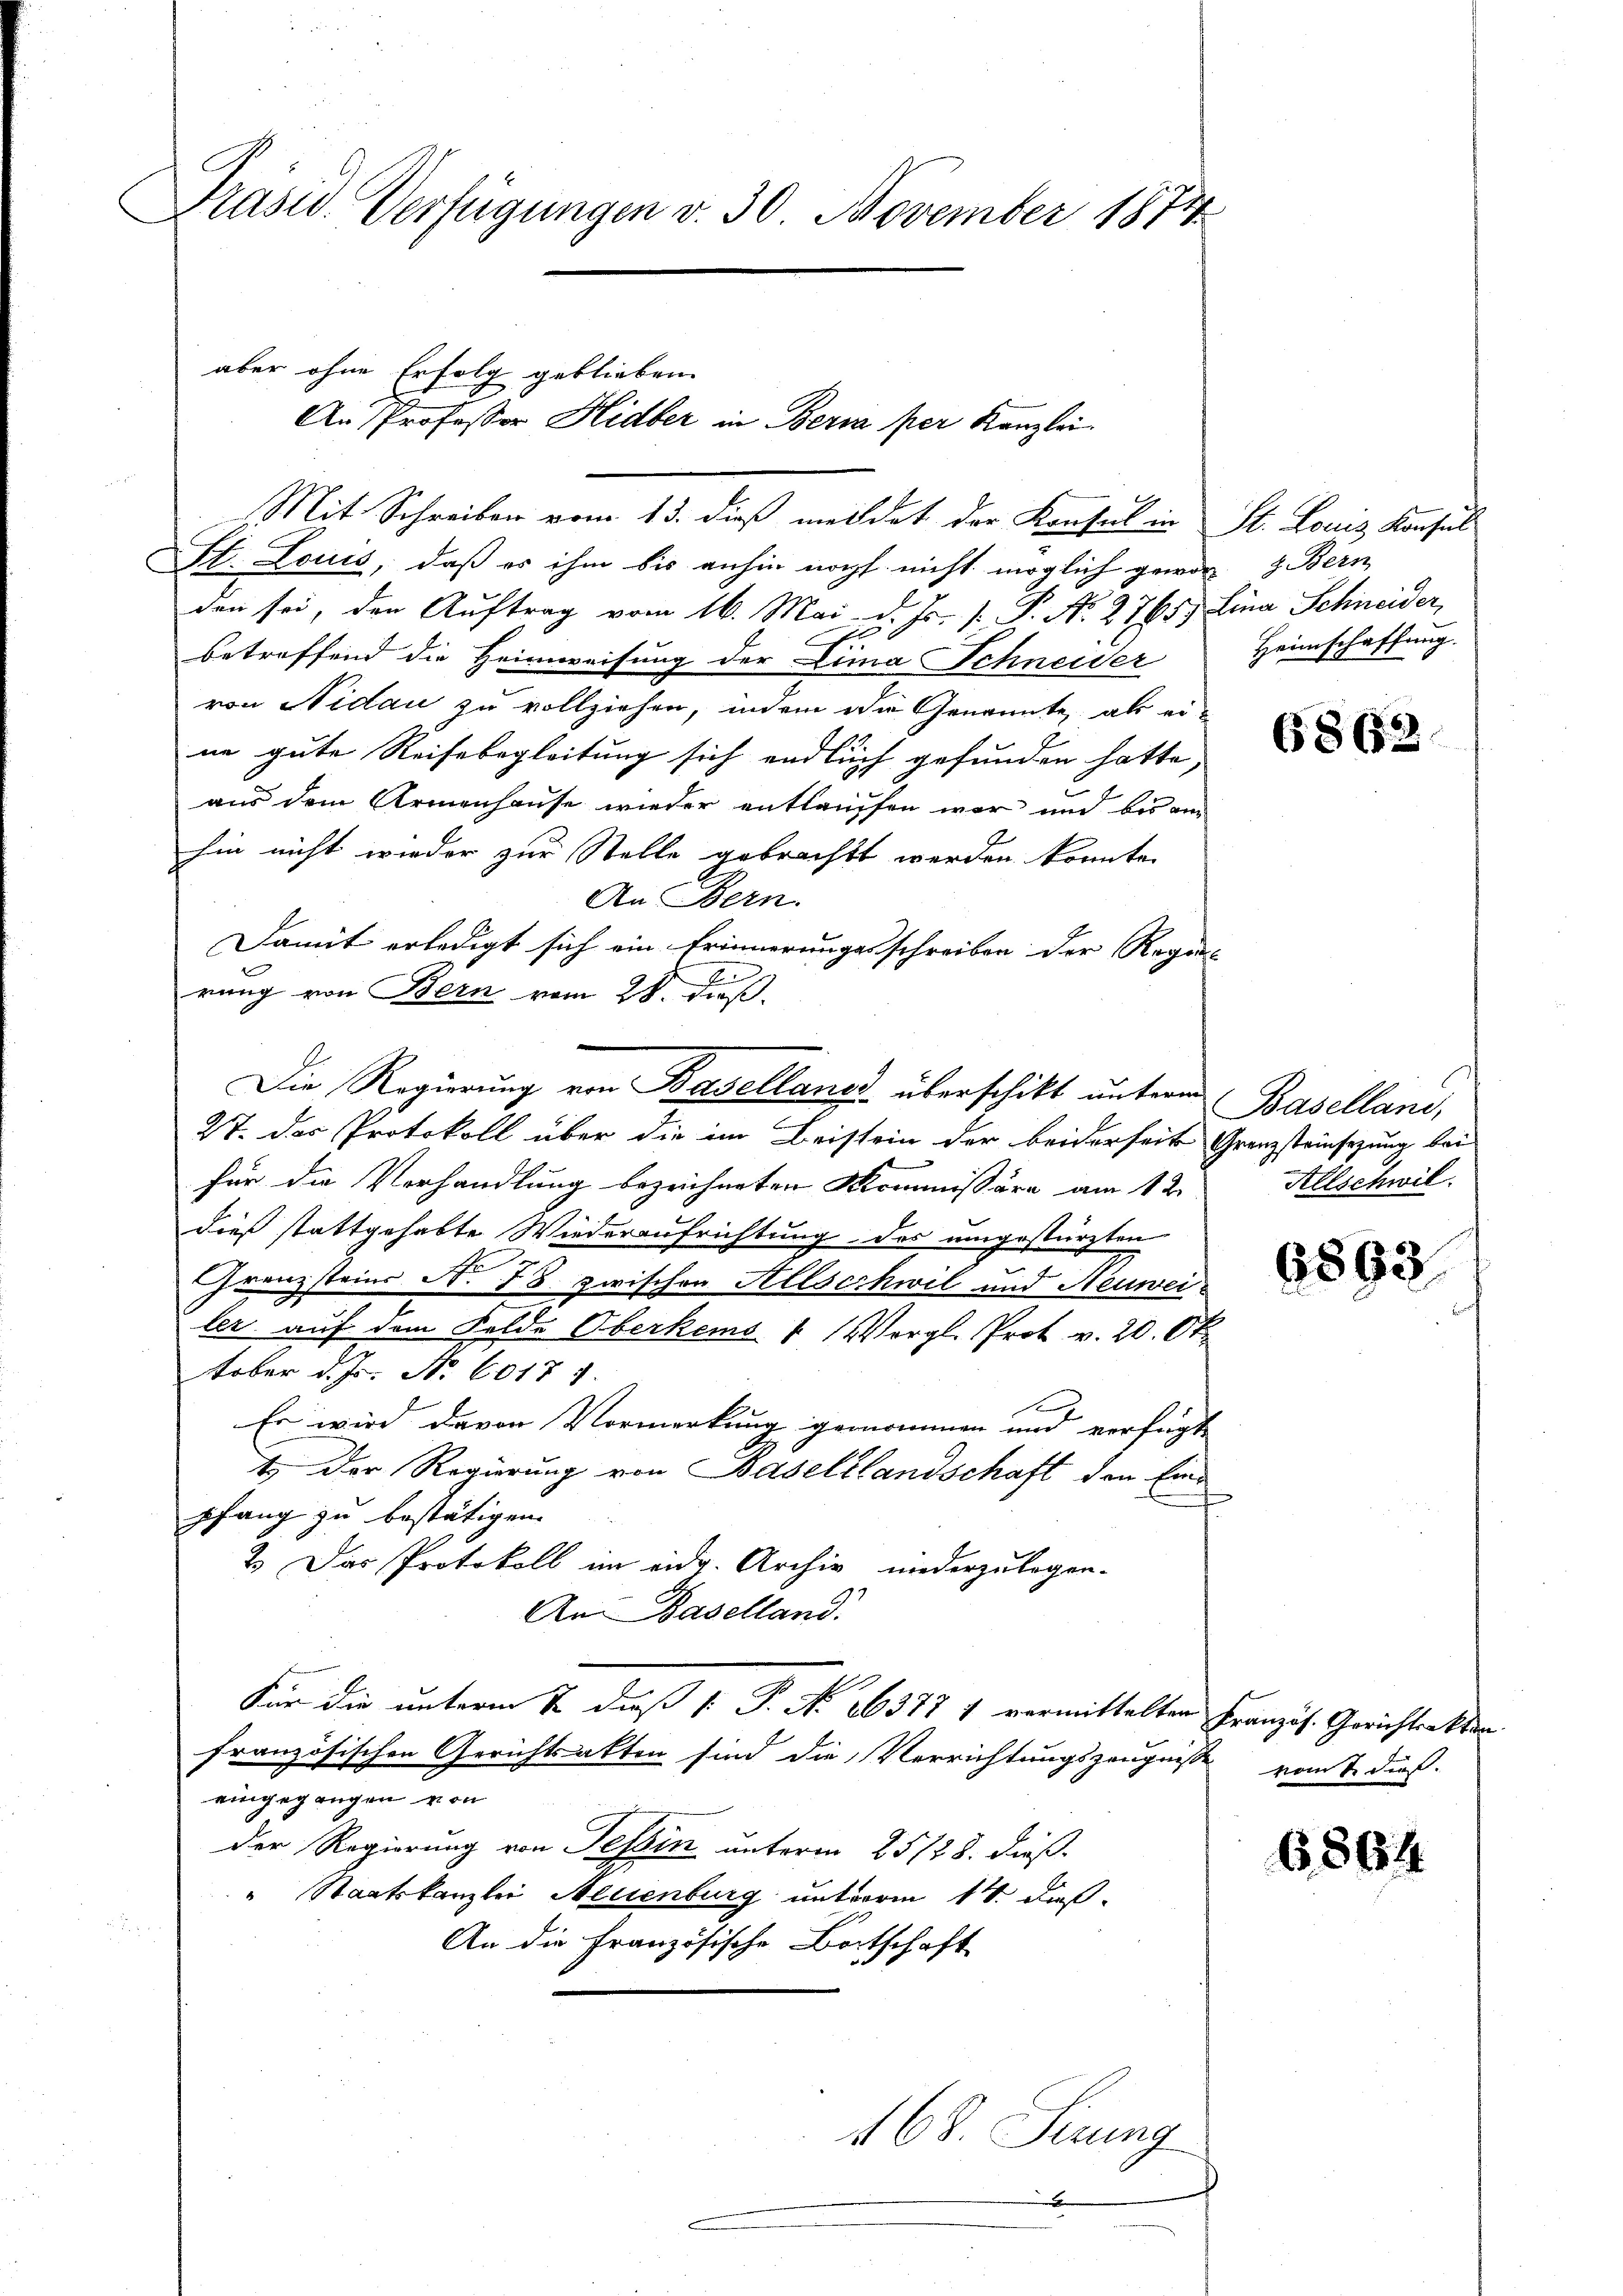
Präsid. Verfügungen v. 30. November 1874

aber ohne Erfolg geblieben
Mit Schreiben vom 13. dieß meldet der Konsul in St. Louis Konsul

An Professor Hidber in Bern per Kanzlei.

St. Louis, daß es ihm bis anhin noch nicht möglich geworz Bern
den sei, den Auftrag vom 16. Mai d. Js. [ P. No. 2765) Lina Schneider,
betreffend die Heimweisung der Lina Schneider
von Nidau zu vollziehen, indem die Genannte, als eine gute Reisebegleitung sich endlich gefunden hatte,
b
aus dem Armenhause wieder entlauffen war und bis am
hin nicht wieder zur Stelle gebracht werden konnte.
An Bern.
Damit erledigt sich ein Erinnerungsschreiben der Regen- |
E
rung von Bern vom 28. dß.
Die Regierung von Baselland überschikt unterm Baselland,
27. Das Protokoll über die im Beistein der beiderseite Grenzsteinsezung bei
für die Verhandlung bezeichneten Kommissäre am 12.
dieß stattgehabte Wiederaufrichtung des umgestürzten
Grenzsteins N. 78. zwischen Allschwil und Neuwei-
ler auf dem Felde Oberkens 1 (Vergl. Prot v. 20. Ok
tober d. Js. No. 60181.
Es wird davon Vormerkung genommen und verfügte
t. Der Regierung von Basellandschaft den Einpfang zu bestätigen.
2. Das Protokoll im eidg. Archiv niederzulegen-
An Baselland.
Für die unterm 7. dieß (: P. No. 26377 1 vormittelter Französ. Gerichtsakter
französischen Gerichtsakten sind die Verrichtungszeugnisse vom 1. dieß.
eingegangen von
der Regierung von Tessin unterm 25128. dieß
" Staatskanzlei Neuenburg unterm 14. Fuß.
An die Französische Bortschaft
168. Sirung
x

Heimschaffung.

6862

Allschwil

6893.

6864